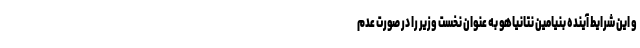
و این شرایط آینده بنیامین نتانیاهو به عنوان نخست وزیر را در صورت عدم